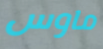
ماوس